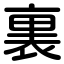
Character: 裏